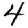
Digit: 4